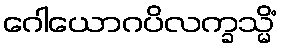
ဂေါယောဂပိလက္ခသ္မိံ